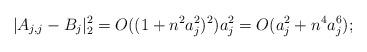
LaTeX: \begin{align*}&|A_{j,j}-B_j|_2^2=O((1+n^2a_j^2)^2)a_j^2=O(a_j^2+n^4a_j^6);\end{align*}